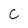
Character: C